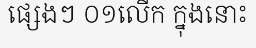
ផ្សេងៗ ០១លើក ក្នុងនោះ